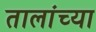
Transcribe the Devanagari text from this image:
तालांच्या